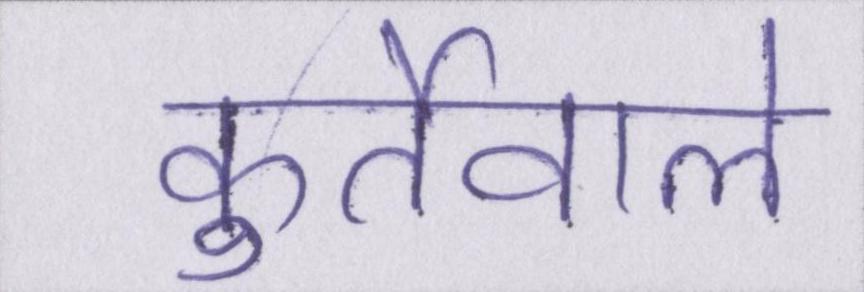
कुर्तेवाले